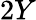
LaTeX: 2Y